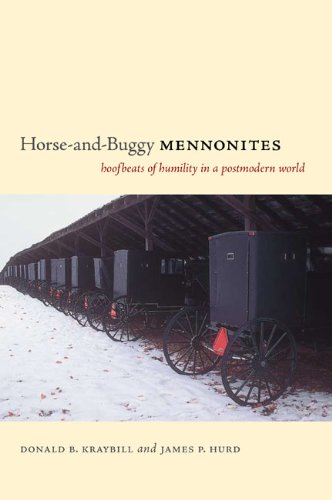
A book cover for Horse-and-Buggy Mennonites: Hoofbeats of Humility in a Postmodern World (Pennsylvania German History and Culture); Donald B. Kraybill; Christian Books & Bibles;